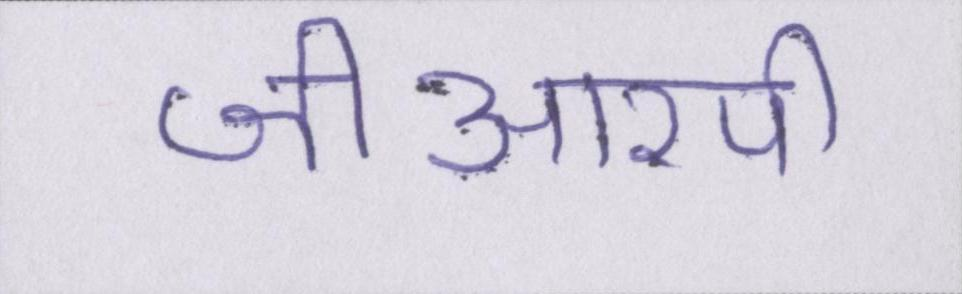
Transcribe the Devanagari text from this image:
जीआरपी